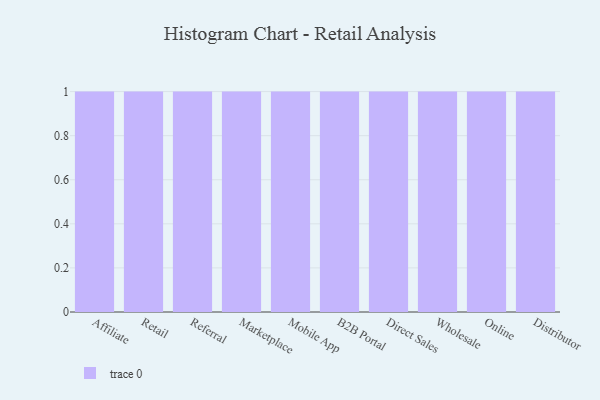
{"axis": {"x": "Channel", "y": "Demand Index"}, "legend": [""], "data": [{"x": "Affiliate", "y": 57, "type": ""}, {"x": "Retail", "y": 84, "type": ""}, {"x": "Referral", "y": 67, "type": ""}, {"x": "Marketplace", "y": 30, "type": ""}, {"x": "Mobile App", "y": 62, "type": ""}, {"x": "B2B Portal", "y": 71, "type": ""}, {"x": "Direct Sales", "y": 50, "type": ""}, {"x": "Wholesale", "y": 91, "type": ""}, {"x": "Online", "y": 21, "type": ""}, {"x": "Distributor", "y": 26, "type": ""}]}